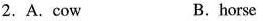
2.A.cow B.horse